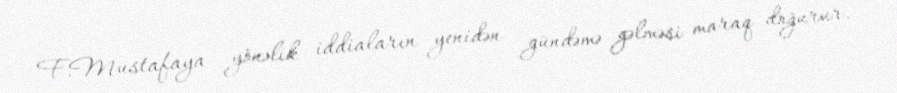
F.Mustafaya yönəlik iddiaların yenidən gündəmə gəlməsi maraq doğurur.